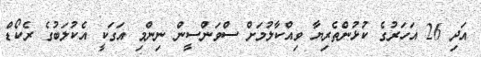
އަދި 26 އަހަރުގެ ކުޅުންތެރިޔާ ވިއްކާލުމަށް ސްވަންސީން ނިންމި އަގަކީ އެކުލަބުގެ ރެކޯޑް